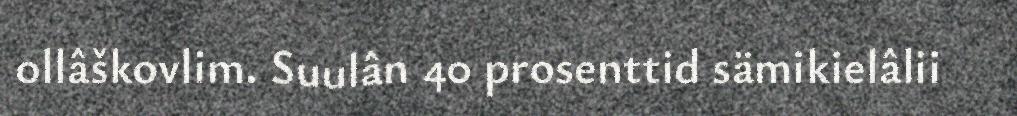
ollâškovlim. Suulân 40 prosenttid sämikielâlii